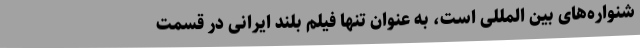
شنواره‌های بین المللی است، به عنوان تنها فیلم بلند ایرانی در قسمت